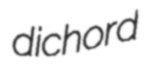
dichord